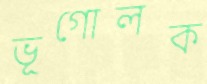
ভূগোলক